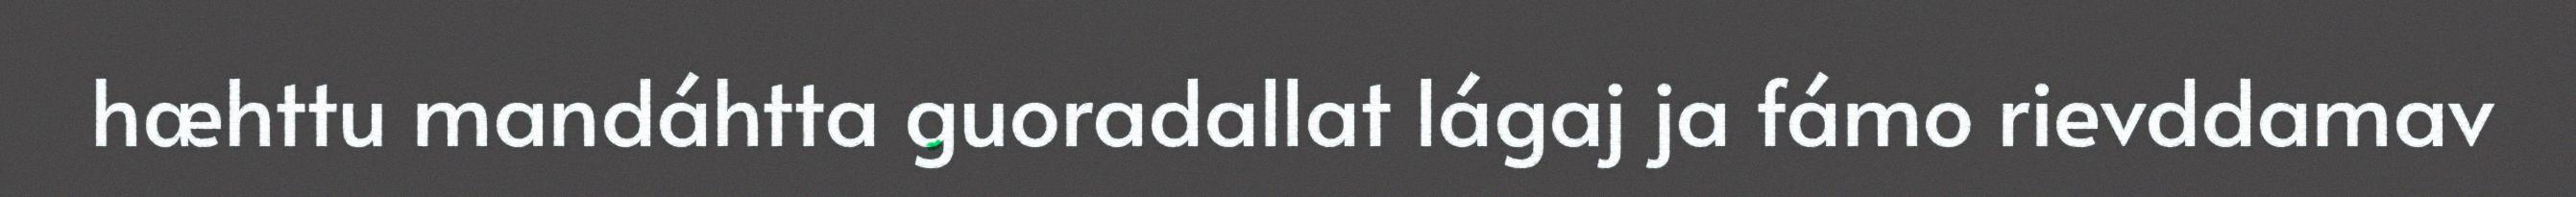
hæhttu mandáhtta guoradallat lágaj ja fámo rievddamav